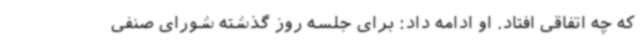
که چه اتفاقی افتاد. او ادامه داد: برای جلسه روز گذشته شورای صنفی